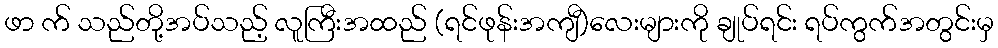
ဖာ က် သည်တို့အပ်သည့် လူကြီးအထည် (ရင်ဖုန်းအကျီ)လေးများကို ချုပ်ရင်း ရပ်ကွက်အတွင်းမှ